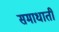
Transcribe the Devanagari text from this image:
समाधाती